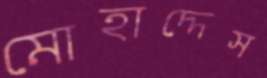
মোহাদ্দেস